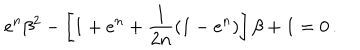
e ^ { n } \beta ^ { 2 } - \left[ 1 + e ^ { n } + { \frac { 1 } { 2 n } } ( 1 - e ^ { n } ) \right] \beta + 1 = 0 \, .